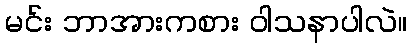
မင်း ဘာအားကစား ဝါသနာပါလဲ။